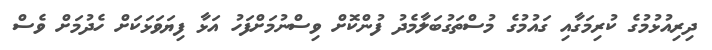
ދިރިއުޅުމުގެ ކުރިމަގާއި ގައުމުގެ މުސްތަގުބަލާމެދު ފުންކޮށް ވިސްނުމަށްފަހު އަޅާ ފިޔަވަޅަކަށް ހެދުމަށް ވެސް